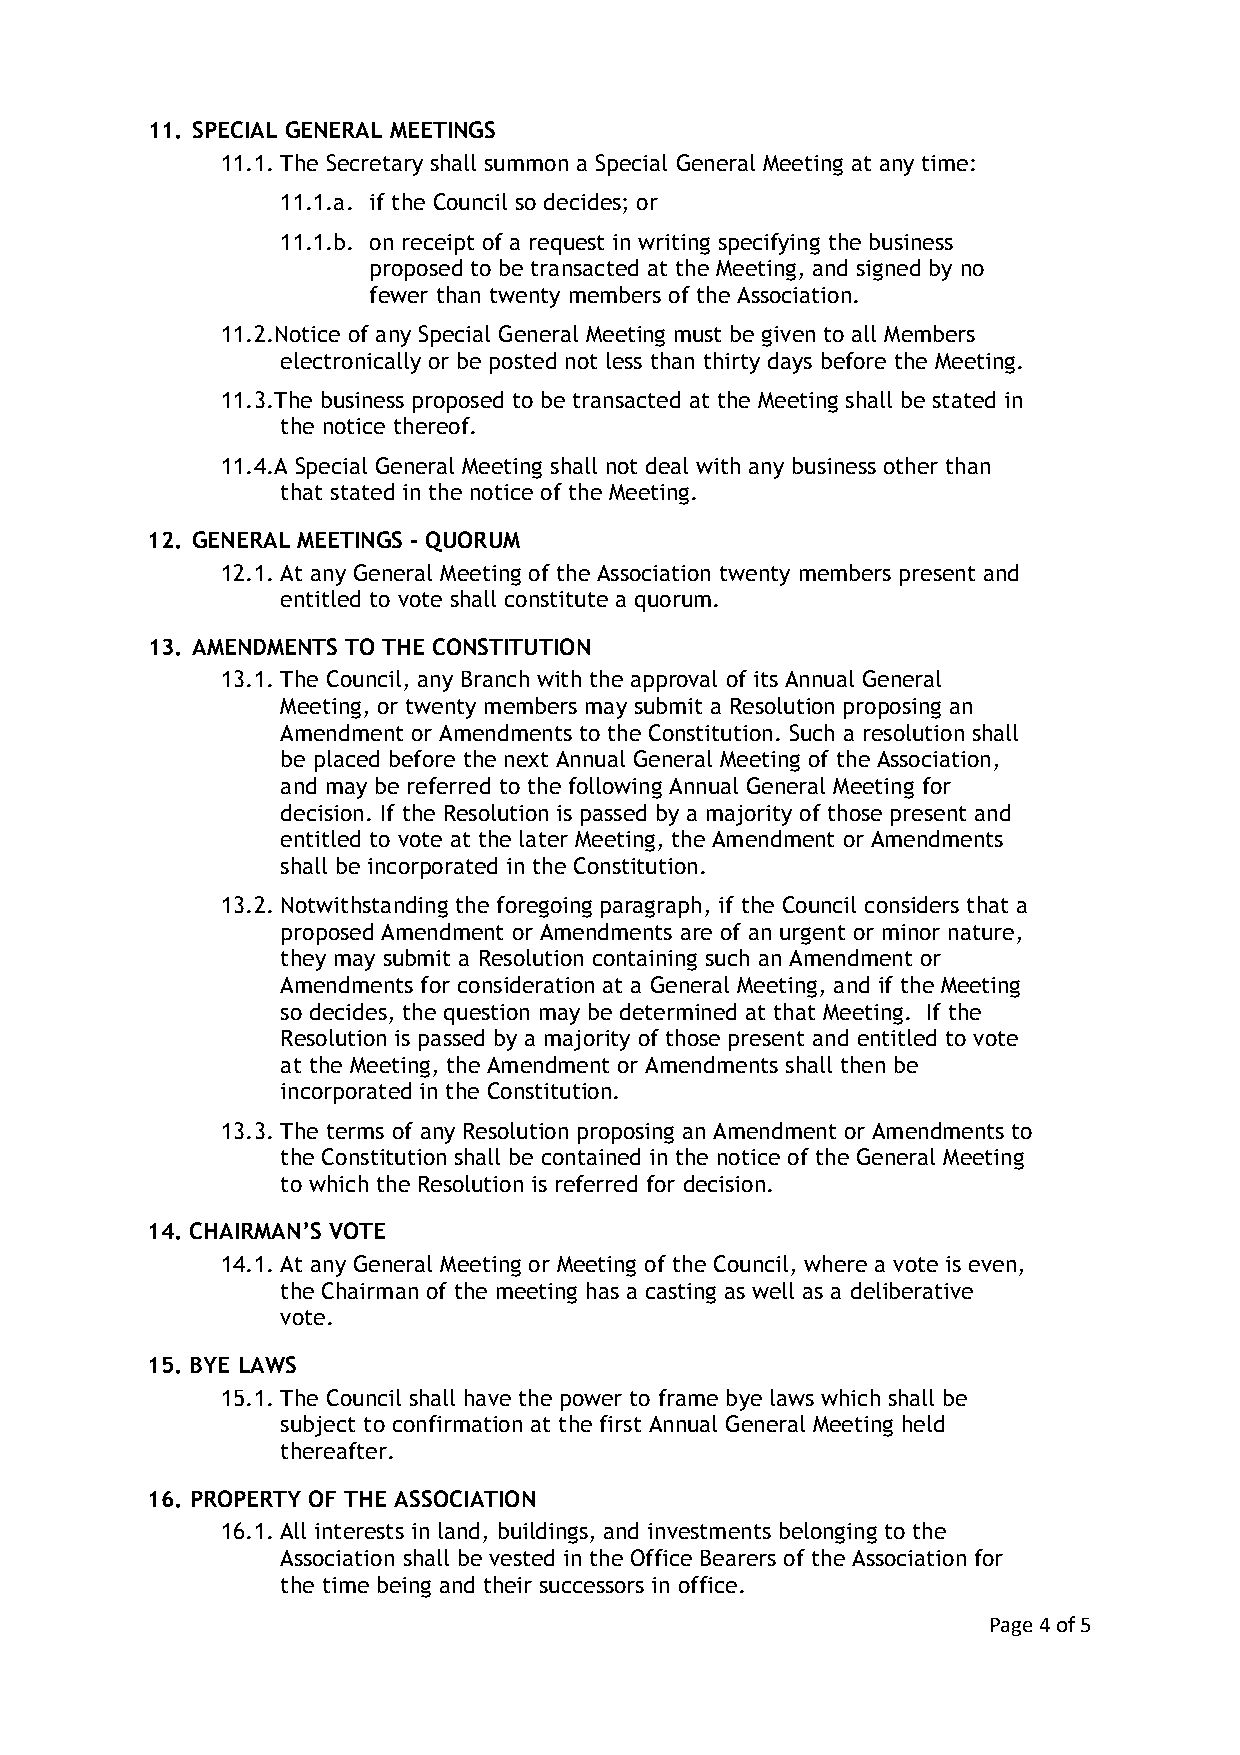
11. SPECIAL GENERAL MEETINGS
 11.1. The Secretary shall summon a Special General Meeting at any time:
 11.1.a. if the Council so decides; or
 11.1.b. on receipt of a request in writing specifying the business
 proposed to be transacted at the Meeting, and signed by no
 fewer than twenty members of the Association.
 11.2.Notice of any Special General Meeting must be given to all Members
 electronically or be posted not less than thirty days before the Meeting.
 11.3.The business proposed to be transacted at the Meeting shall be stated in
 the notice thereof.
 11.4.A Special General Meeting shall not deal with any business other than
 that stated in the notice of the Meeting.
 12. GENERAL MEETINGS - QUORUM
 12.1. At any General Meeting of the Association twenty members present and
 entitled to vote shall constitute a quorum.
 13. AMENDMENTS TO THE CONSTITUTION
 13.1. The Council, any Branch with the approval of its Annual General
 Meeting, or twenty members may submit a Resolution proposing an
 Amendment or Amendments to the Constitution. Such a resolution shall
 be placed before the next Annual General Meeting of the Association,
 and may be referred to the following Annual General Meeting for
 decision. If the Resolution is passed by a majority of those present and
 entitled to vote at the later Meeting, the Amendment or Amendments
 shall be incorporated in the Constitution.
 13.2. Notwithstanding the foregoing paragraph, if the Council considers that a
 proposed Amendment or Amendments are of an urgent or minor nature,
 they may submit a Resolution containing such an Amendment or
 Amendments for consideration at a General Meeting, and if the Meeting
 so decides, the question may be determined at that Meeting. If the
 Resolution is passed by a majority of those present and entitled to vote
 at the Meeting, the Amendment or Amendments shall then be
 incorporated in the Constitution.
 13.3. The terms of any Resolution proposing an Amendment or Amendments to
 the Constitution shall be contained in the notice of the General Meeting
 to which the Resolution is referred for decision.
 14. CHAIRMAN’S VOTE
 14.1. At any General Meeting or Meeting of the Council, where a vote is even,
 the Chairman of the meeting has a casting as well as a deliberative
 vote.
 15. BYE LAWS
 15.1. The Council shall have the power to frame bye laws which shall be
 subject to confirmation at the first Annual General Meeting held
 thereafter.
 16. PROPERTY OF THE ASSOCIATION
 16.1. All interests in land, buildings, and investments belonging to the
 Association shall be vested in the Office Bearers of the Association for
 the time being and their successors in office.
 Page 4 of 5